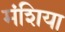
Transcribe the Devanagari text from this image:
मंशिया